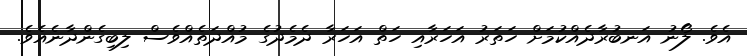
އެވެ. ލޯނު އަނބުރާދެއްކުމަށް ހަތަރު އަހަރާއި ހަތް އަހަރާ ދެމެދުގެ މުއްދަތެއްވެސް ލިބިގެންދާނެއެވެ.